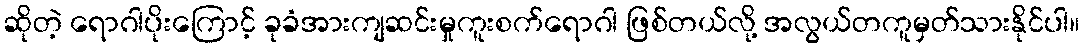
ဆိုတဲ့ ရောဂါပိုးကြောင့် ခုခံအားကျဆင်းမှုကူးစက်ရောဂါ ဖြစ်တယ်လို့ အလွယ်တကူမှတ်သားနိုင်ပါ။